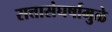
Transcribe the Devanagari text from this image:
सत्तासंघर्षामुळे